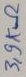
Text: 3,9KΩ